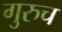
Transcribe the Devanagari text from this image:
गुरुच